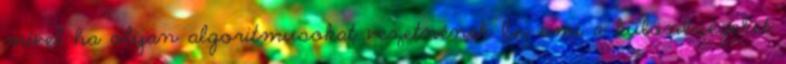
mivel ha olyan algoritmusokat vezetnének be, ami a különbségeket